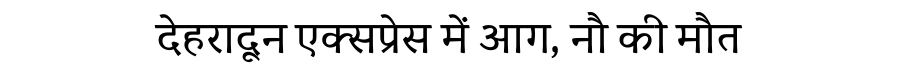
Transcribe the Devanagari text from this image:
देहरादून एक्सप्रेस में आग, नौ की मौत